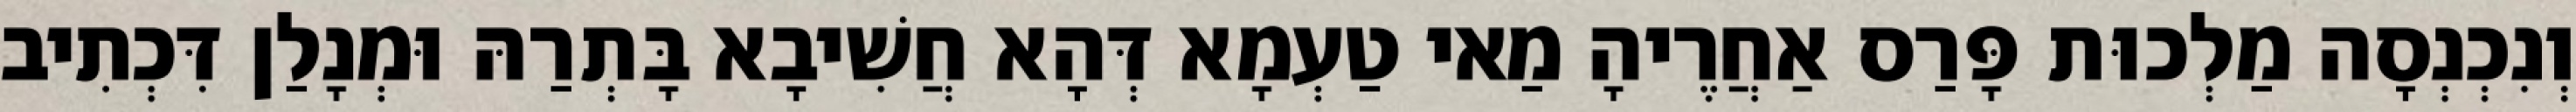
וְנִכְנְסָה מַלְכוּת פָּרַס אַחֲרֶיהָ מַאי טַעְמָא דְּהָא חֲשִׁיבָא בָּתְרַהּ וּמְנָלַן דִּכְתִיב